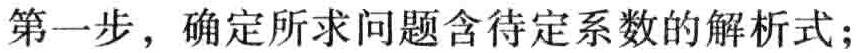
第一步，确定所求问题含待定系数的解析式；